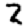
Digit: 2